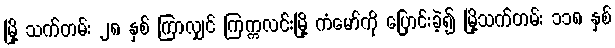
မြို့ သက်တမ်း ၂၈ နှစ် ကြာလျှင် ကြက္ကလင်းမြို့ ကံမော်ကို ပြောင်းခဲ့၍ မြို့သက်တမ်း ၁၁၈ နှစ်